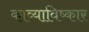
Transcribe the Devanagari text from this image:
काव्याविष्कार